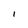
Character: l